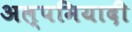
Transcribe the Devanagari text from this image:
अल्पमियादी